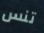
تنس